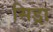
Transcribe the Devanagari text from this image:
सिड्रा